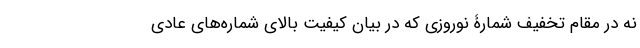
نه در مقام تخفیف شمارۀ نوروزی که در بیان کیفیت بالای شماره‌های عادی